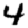
Digit: 4